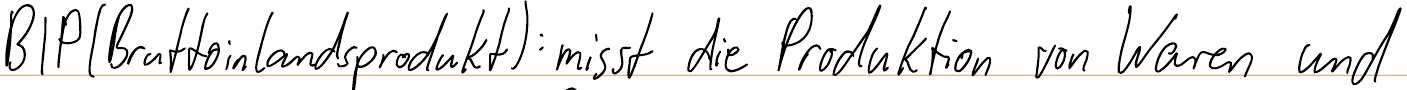
BIP (Bruttoinlandsprodukt): misst die Produktion von Waren und